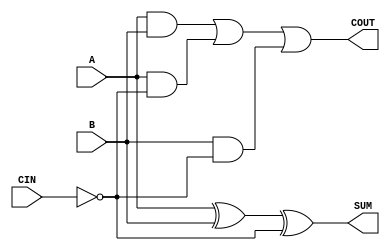
module sky130_fd_sc_lp__fahcin (
    COUT,
    SUM ,
    A   ,
    B   ,
    CIN
);

    // Module ports
    output COUT;
    output SUM ;
    input  A   ;
    input  B   ;
    input  CIN ;

    // Local signals
    wire ci          ;
    wire xor0_out_SUM;
    wire a_b         ;
    wire a_ci        ;
    wire b_ci        ;
    wire or0_out_COUT;

    //  Name  Output        Other arguments
    not not0 (ci          , CIN            );
    xor xor0 (xor0_out_SUM, A, B, ci       );
    buf buf0 (SUM         , xor0_out_SUM   );
    and and0 (a_b         , A, B           );
    and and1 (a_ci        , A, ci          );
    and and2 (b_ci        , B, ci          );
    or  or0  (or0_out_COUT, a_b, a_ci, b_ci);
    buf buf1 (COUT        , or0_out_COUT   );

endmodule